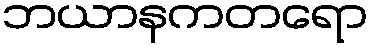
ဘယာနကတရော